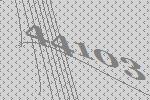
44103